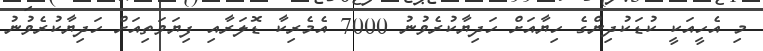
މި އެހީއަކީ ކުޑަކުދިންގެ ހިޔާއަށް ހަދިޔާކުރެވުނު 7000 އެމެރިކާ ޑޮލަރާއި ފިޔަވަތިއަށް ހަދިޔާކުރެވުނު